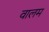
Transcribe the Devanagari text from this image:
वालम